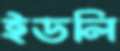
ইডলি